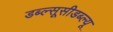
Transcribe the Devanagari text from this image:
डब्ल्सूसीडब्ल्यू